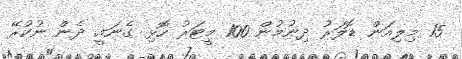
15 މިިލިއަން ޑޮލަރު ދިނުމުން 100 މީޓަރު ހޮޅި ގެނައީ. ދެން ނުކުރޭ